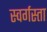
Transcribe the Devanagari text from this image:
स्वर्गस्ता